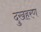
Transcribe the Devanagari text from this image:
दुखहरण